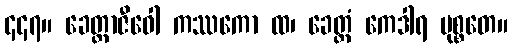
၄၄၇။ ခေတ္တာဇီဝေါ ကဿကော ထ၊ ခေတ္တံ ကေဒါရ မုစ္စတေ။